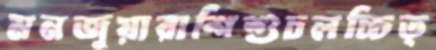
মনজুয়ারাশিশুচলচ্চিত্